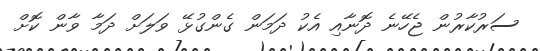
ސަރުކާރުން ޖެހޭނެ ދޮނާއި އެކު ދަމަން ގެންގުޅޭ ވަލަށް ދަމާ ވާން ކޮށް